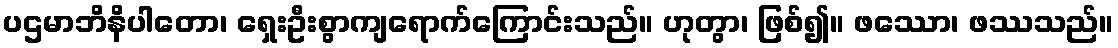
ပဌမာဘိနိပါတော၊ ရှေးဦးစွာကျရောက်ကြောင်းသည်။ ဟုတွာ၊ ဖြစ်၍။ ဖဿော၊ ဖဿသည်။